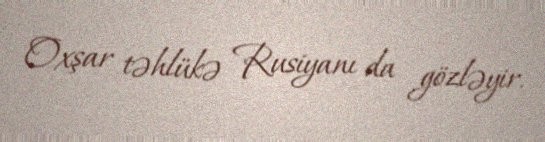
Oxşar təhlükə Rusiyanı da gözləyir.